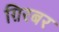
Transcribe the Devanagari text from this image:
ग़िरबर